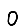
Digit: 0